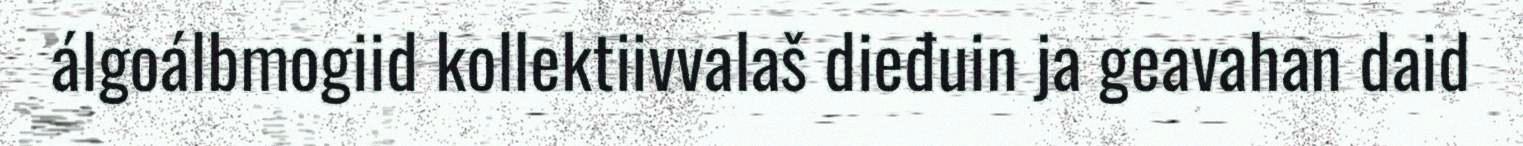
álgoálbmogiid kollektiivvalaš dieđuin ja geavahan daid